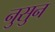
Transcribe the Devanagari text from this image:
नुसुन